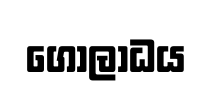
ගෝලා්ධය